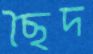
ছৈদ